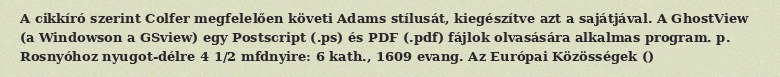
A cikkíró szerint Colfer megfelelően követi Adams stílusát, kiegészítve azt a sajátjával. A GhostView (a Windowson a GSview) egy Postscript (.ps) és PDF (.pdf) fájlok olvasására alkalmas program. p. Rosnyóhoz nyugot-délre 4 1/2 mfdnyire: 6 kath., 1609 evang. Az Európai Közösségek ()